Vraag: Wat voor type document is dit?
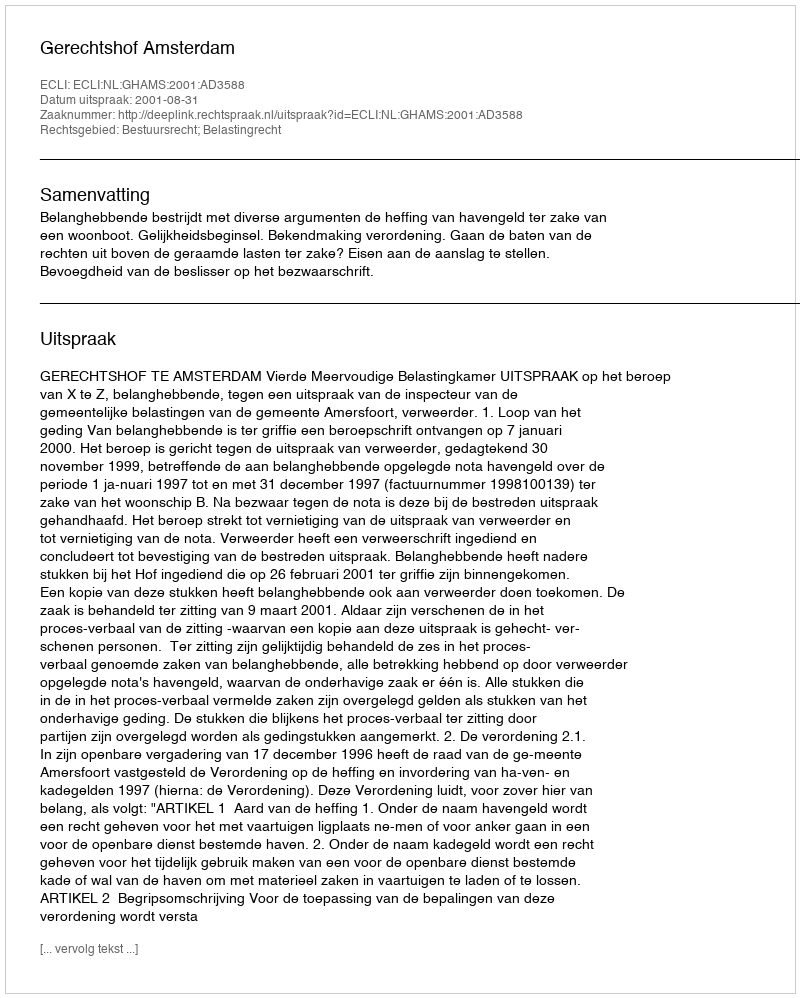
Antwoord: Uitspraak